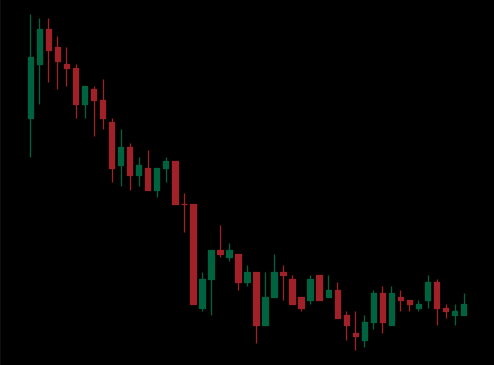
Pattern: bull_flag